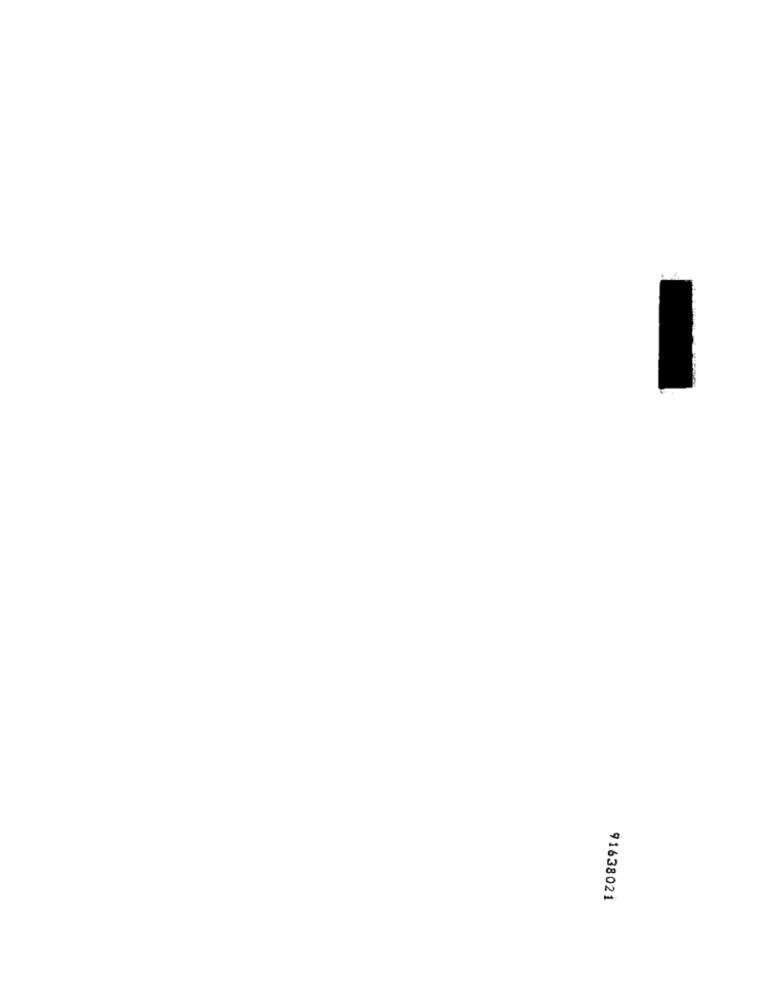
91638021